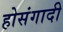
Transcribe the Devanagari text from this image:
होसंगादी